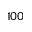
1 0 0